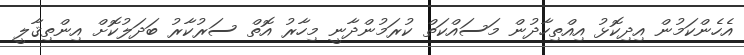
އެހެންކަމުން އިދިކޮޅު އިއްތިހާދުން މަސައްކަތް ކުރަމުންދާނީ މިހާރު އޮތް ސަރުކާރު ބަދަލުކޮށް އިންތިޤާލީ